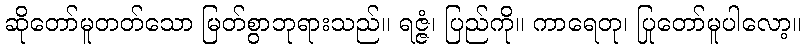
ဆိုတော်မူတတ်သော မြတ်စွာဘုရားသည်။ ရဇ္ဇံ၊ ပြည်ကို။ ကာရေတု၊ ပြုတော်မူပါလော့။